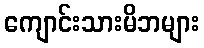
ကျောင်းသားမိဘများ